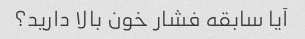
آیا سابقه فشار خون بالا دارید؟